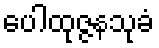
ပေါထုဇ္ဇနသုခံ